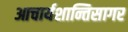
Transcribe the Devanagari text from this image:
आचार्यशान्तिसागर